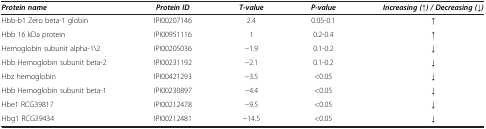
<table><thead><tr><td><b><i>Protein name</i></b></td><td><b><i>Protein ID</i></b></td><td><b><i>T-value</i></b></td><td><b><i>P-value</i></b></td><td><b><i>Increasing (↑) / Decreasing (↓)</i></b></td></tr></thead><tbody><tr><td>Hbb-b1 Zero beta-1 globin</td><td>IPI00207146</td><td>2.4</td><td>0.05-0.1</td><td>↑</td></tr><tr><td>Hbb 16 kDa protein</td><td>IPI00951116</td><td>1</td><td>0.2-0.4</td><td>↑</td></tr><tr><td>Hemoglobin subunit alpha-1\2</td><td>IPI00205036</td><td>−1.9</td><td>0.1-0.2</td><td>↓</td></tr><tr><td>Hbb Hemoglobin subunit beta-2</td><td>IPI00231192</td><td>−2.1</td><td>0.1-0.2</td><td>↓</td></tr><tr><td>Hbz hemoglobin</td><td>IPI00421293</td><td>−3.5</td><td>&lt;0.05</td><td>↓</td></tr><tr><td>Hbb Hemoglobin subunit beta-1</td><td>IPI00230897</td><td>−4.4</td><td>&lt;0.05</td><td>↓</td></tr><tr><td>Hbe1 RCG39817</td><td>IPI00212478</td><td>−9.5</td><td>&lt;0.05</td><td>↓</td></tr><tr><td>Hbg1 RCG39434</td><td>IPI00212481</td><td>−14.5</td><td>&lt;0.05</td><td>↓</td></tr></tbody></table>